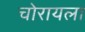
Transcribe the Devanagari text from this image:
चोरायला